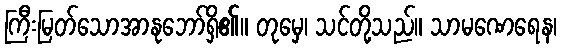
ကြီးမြတ်သောအာနုဘော်ရှိ၏။ တုမှေ၊ သင်တို့သည်။ သာမဏေရေန၊